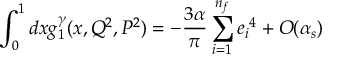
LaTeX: \int _ { 0 } ^ { 1 } d x g _ { 1 } ^ { \gamma } ( x , Q ^ { 2 } , P ^ { 2 } ) = - \frac { 3 \alpha } { \pi } \sum _ { i = 1 } ^ { n _ { f } } { e _ { i } } ^ { 4 } + { \cal O } ( \alpha _ { s } )